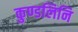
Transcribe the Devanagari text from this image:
कुण्डलिनि